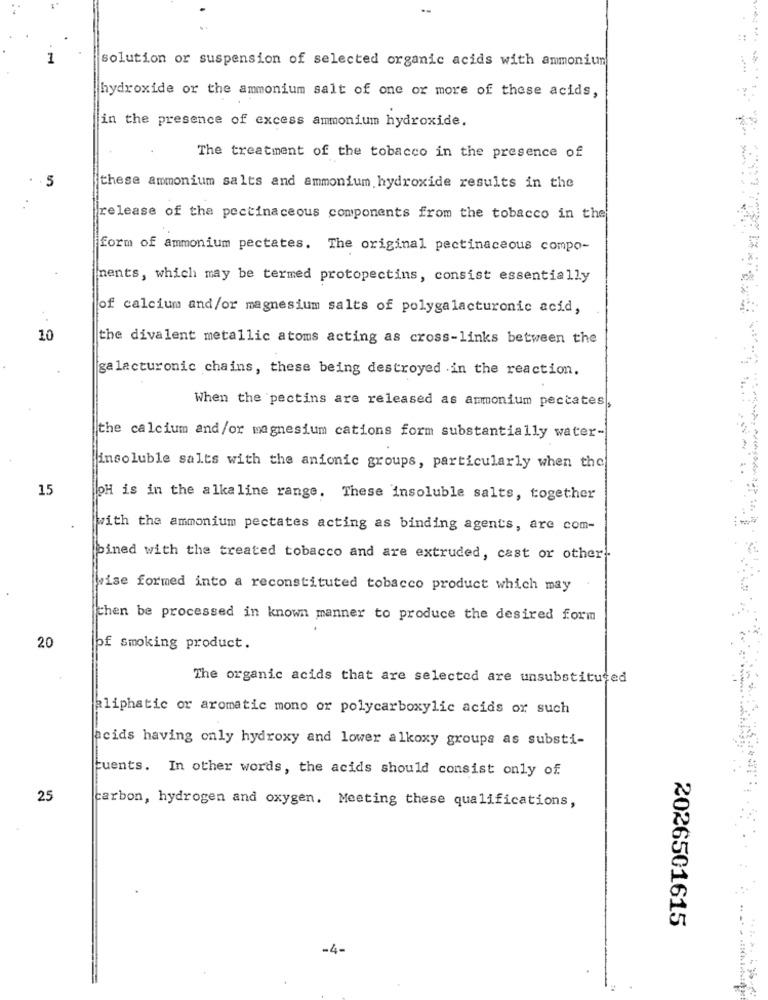
.
solution or suspension of selected organic acids with ammoniun
hydroxide or the ammonium salt of one or more of these acids,
in the presence of excess ammonium hydroxide.
The treatment of the tobacco in the presence of
these ammonium salts and ammonium hydroxide results in the
release of the pectinaceous components from the tobacco in the
form of ammonium pectates. The original pectinaceous compo-
nents, which may be termed protopectins, consist essentially
of calcium and/or magnesium salts of polygalacturonic acid,
10
the divalent metallic atoms acting as cross-links between the
galacturonic chains, these being destroyed in the reaction.
When the pectins are released as ammonium pectates,
the calcium and/or magnesium cations form substantially water-
insoluble salts with the anionic groups, particularly when the
15
OH is in the alkaline range. These insoluble salts, together
with the ammonium pectates acting as binding agents, are com-
pined with the treated tobacco and are extruded, cast or other
wise formed into a reconstituted tobacco product which may
then be processed in known manner to produce the desired form
20
of smoking product.
The organic acids that are selected are unsubstituted
aliphatic or aromatic mono or polycarboxylic acids or such
acids having only hydroxy and lower alkoxy groups as substi-
Fuents. In other words, the acids should consist only of
25
carbon, hydrogen and oxygen. Meeting these qualifications,
2026501615
-4-